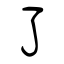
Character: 了